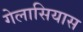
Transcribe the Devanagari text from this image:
गेलासियास